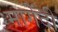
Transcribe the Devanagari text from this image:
मागेंदी